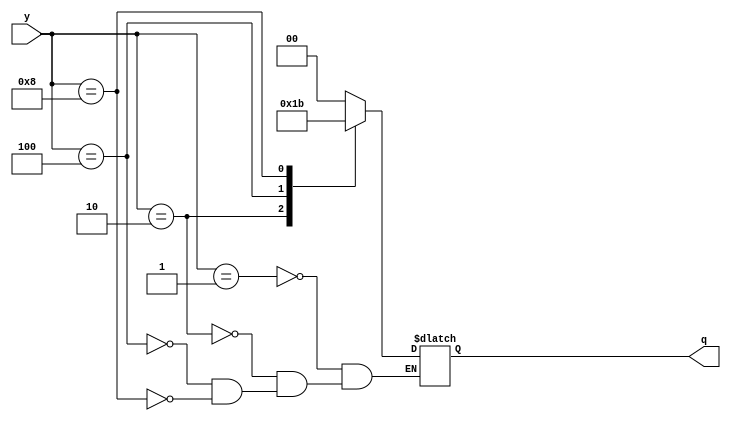
module encoder_2_4_beh(y,q);
input [3:0]y;
output [1:0]q;
reg [1:0]q;
always @(y)
begin
    case(y)
       4'b0001: begin q=2'b00; end
       4'b0010: begin q=2'b01;end
       4'b0100: begin q=2'b10;end
       4'b1000: begin q=2'b11;end
    endcase
end
endmodule